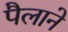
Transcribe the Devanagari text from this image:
पैलाने